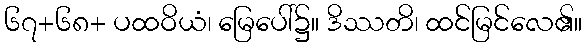
၆၇+၆၈+ ပထဝိယံ၊ မြေပေါ်၌။ ဒိဿတိ၊ ထင်မြင်လေ၏။